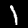
Label: 1